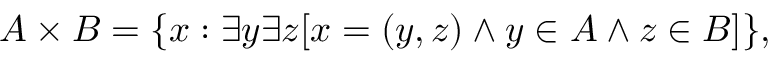
A \times B = \{ x : \exists y \exists z [ x = ( y , z ) \land y \in A \land z \in B ] \} ,